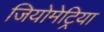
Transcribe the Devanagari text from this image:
जियोमेट्रिया